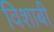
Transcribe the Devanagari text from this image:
विशाबी